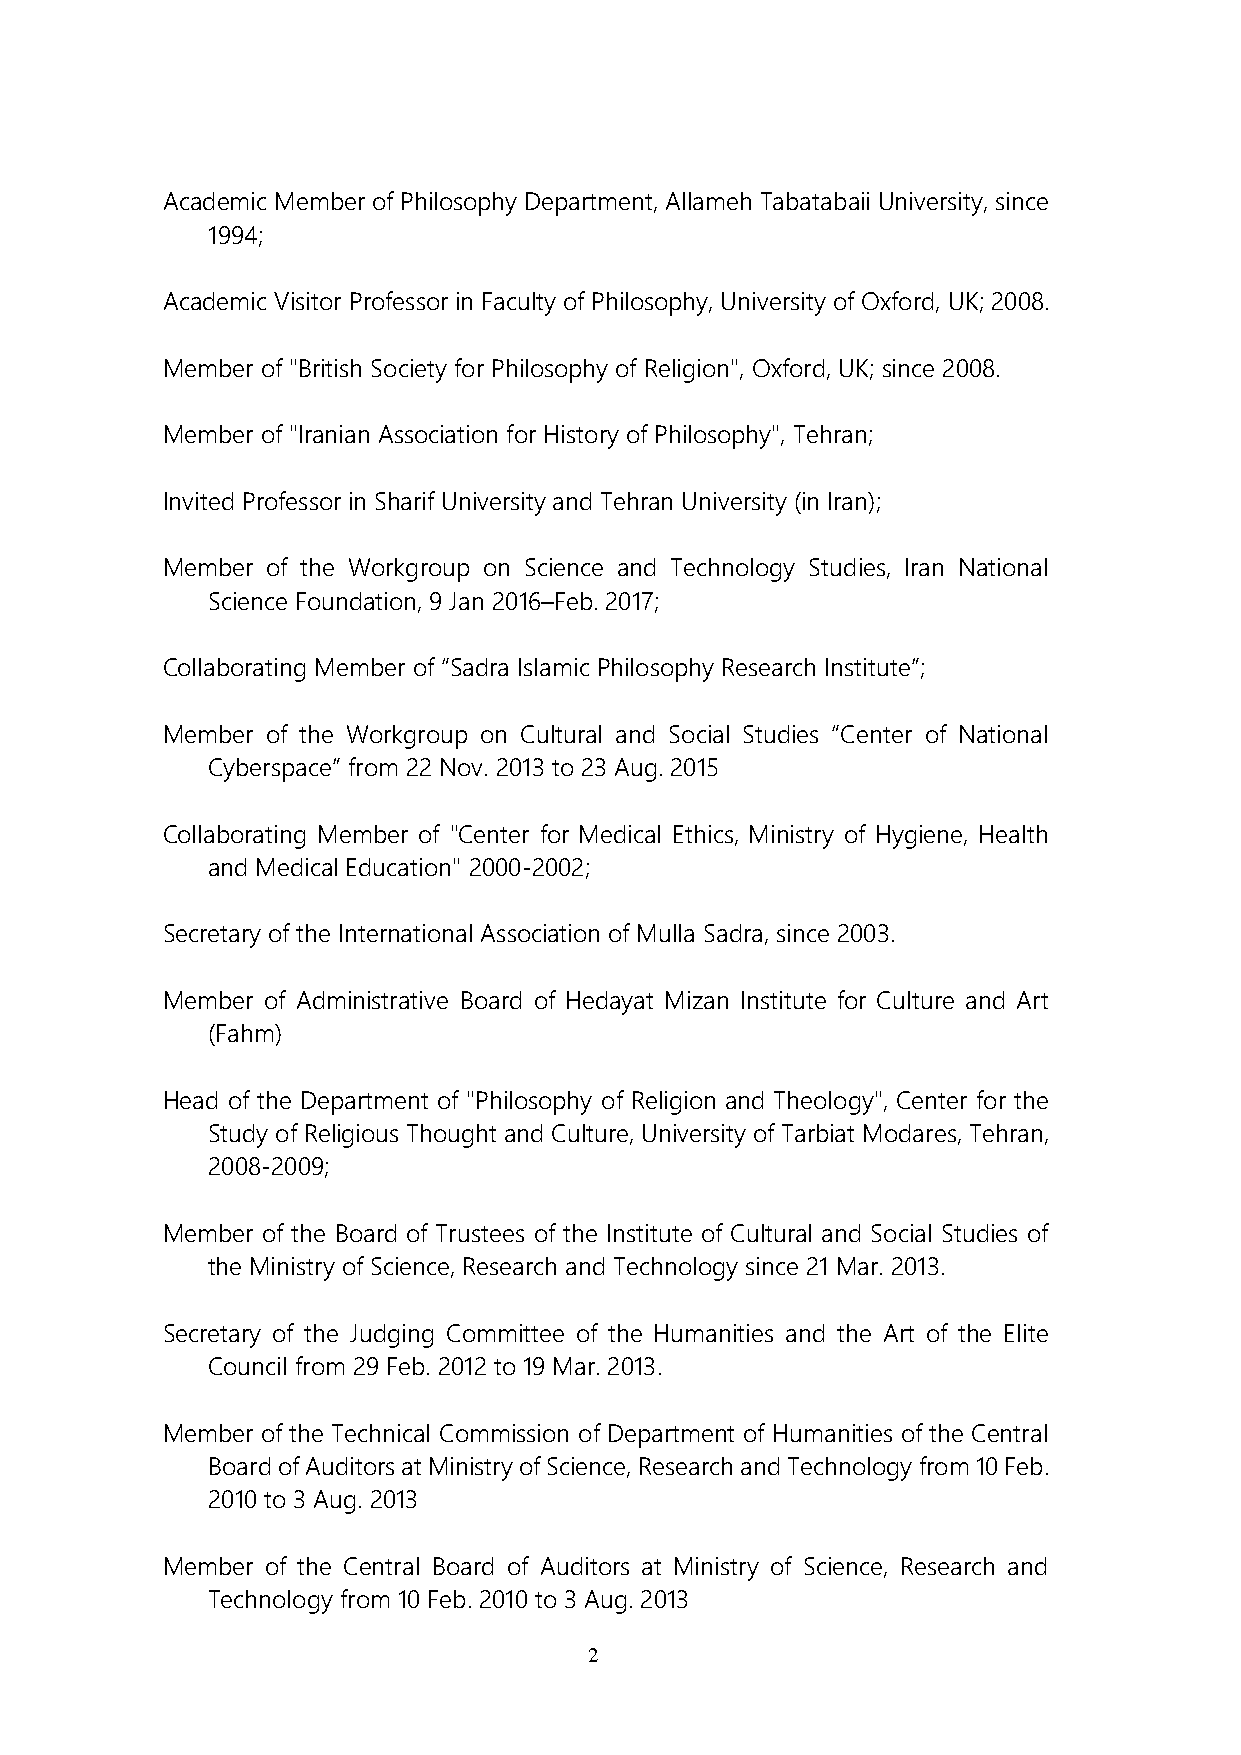
Academic Member of Philosophy Department, Allameh Tabatabaii University, since
 1994;
 Academic Visitor Professor in Faculty of Philosophy, University of Oxford, UK; 2008.
 Member of "British Society for Philosophy of Religion", Oxford, UK; since 2008.
 Member of "Iranian Association for History of Philosophy", Tehran;
 Invited Professor in Sharif University and Tehran University (in Iran);
 Member of the Workgroup on Science and Technology Studies, Iran National
 Science Foundation, 9 Jan 2016–Feb. 2017;
 Collaborating Member of “Sadra Islamic Philosophy Research Institute”;
 Member of the Workgroup on Cultural and Social Studies “Center of National
 Cyberspace” from 22 Nov. 2013 to 23 Aug. 2015
 Collaborating Member of "Center for Medical Ethics, Ministry of Hygiene, Health
 and Medical Education" 2000-2002;
 Secretary of the International Association of Mulla Sadra, since 2003.
 Member of Administrative Board of Hedayat Mizan Institute for Culture and Art
 (Fahm)
 Head of the Department of "Philosophy of Religion and Theology", Center for the
 Study of Religious Thought and Culture, University of Tarbiat Modares, Tehran,
 2008-2009;
 Member of the Board of Trustees of the Institute of Cultural and Social Studies of
 the Ministry of Science, Research and Technology since 21 Mar. 2013.
 Secretary of the Judging Committee of the Humanities and the Art of the Elite
 Council from 29 Feb. 2012 to 19 Mar. 2013.
 Member of the Technical Commission of Department of Humanities of the Central
 Board of Auditors at Ministry of Science, Research and Technology from 10 Feb.
 2010 to 3 Aug. 2013
 Member of the Central Board of Auditors at Ministry of Science, Research and
 Technology from 10 Feb. 2010 to 3 Aug. 2013
 2